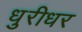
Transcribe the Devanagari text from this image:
धुरीधर